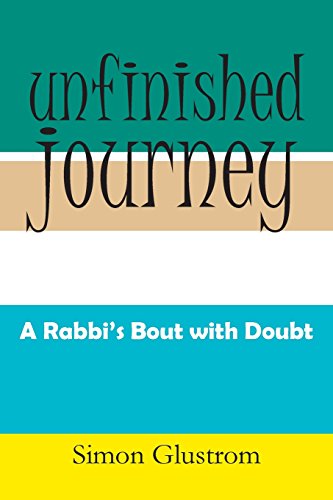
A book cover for Unfinished Journey: A Rabbi's Bout With Doubt; Simon Glustrom; Religion & Spirituality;